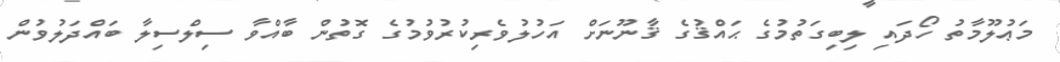
މަޢުލޫމާތު ހޯދައި ލިބިގަތުމުގެ ޙައްޤުގެ ޤާނޫނަށް އަހުލުވެރިކުރުވުމުގެ ގޮތުން ބާއްވާ ސިލްސިލާ ބައްދަލުވުން